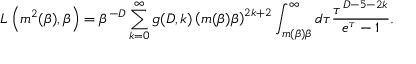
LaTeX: L \left( m ^ { 2 } ( \beta ) , \beta \right) = \beta ^ { - D } \sum _ { k = 0 } ^ { \infty } g ( D , k ) \left( m ( \beta ) \beta \right) ^ { 2 k + 2 } \int _ { m ( \beta ) \beta } ^ { \infty } d \tau \frac { \tau ^ { D - 5 - 2 k } } { e ^ { \tau } - 1 } .